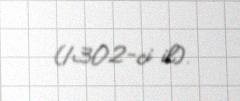
(1302-ci il).